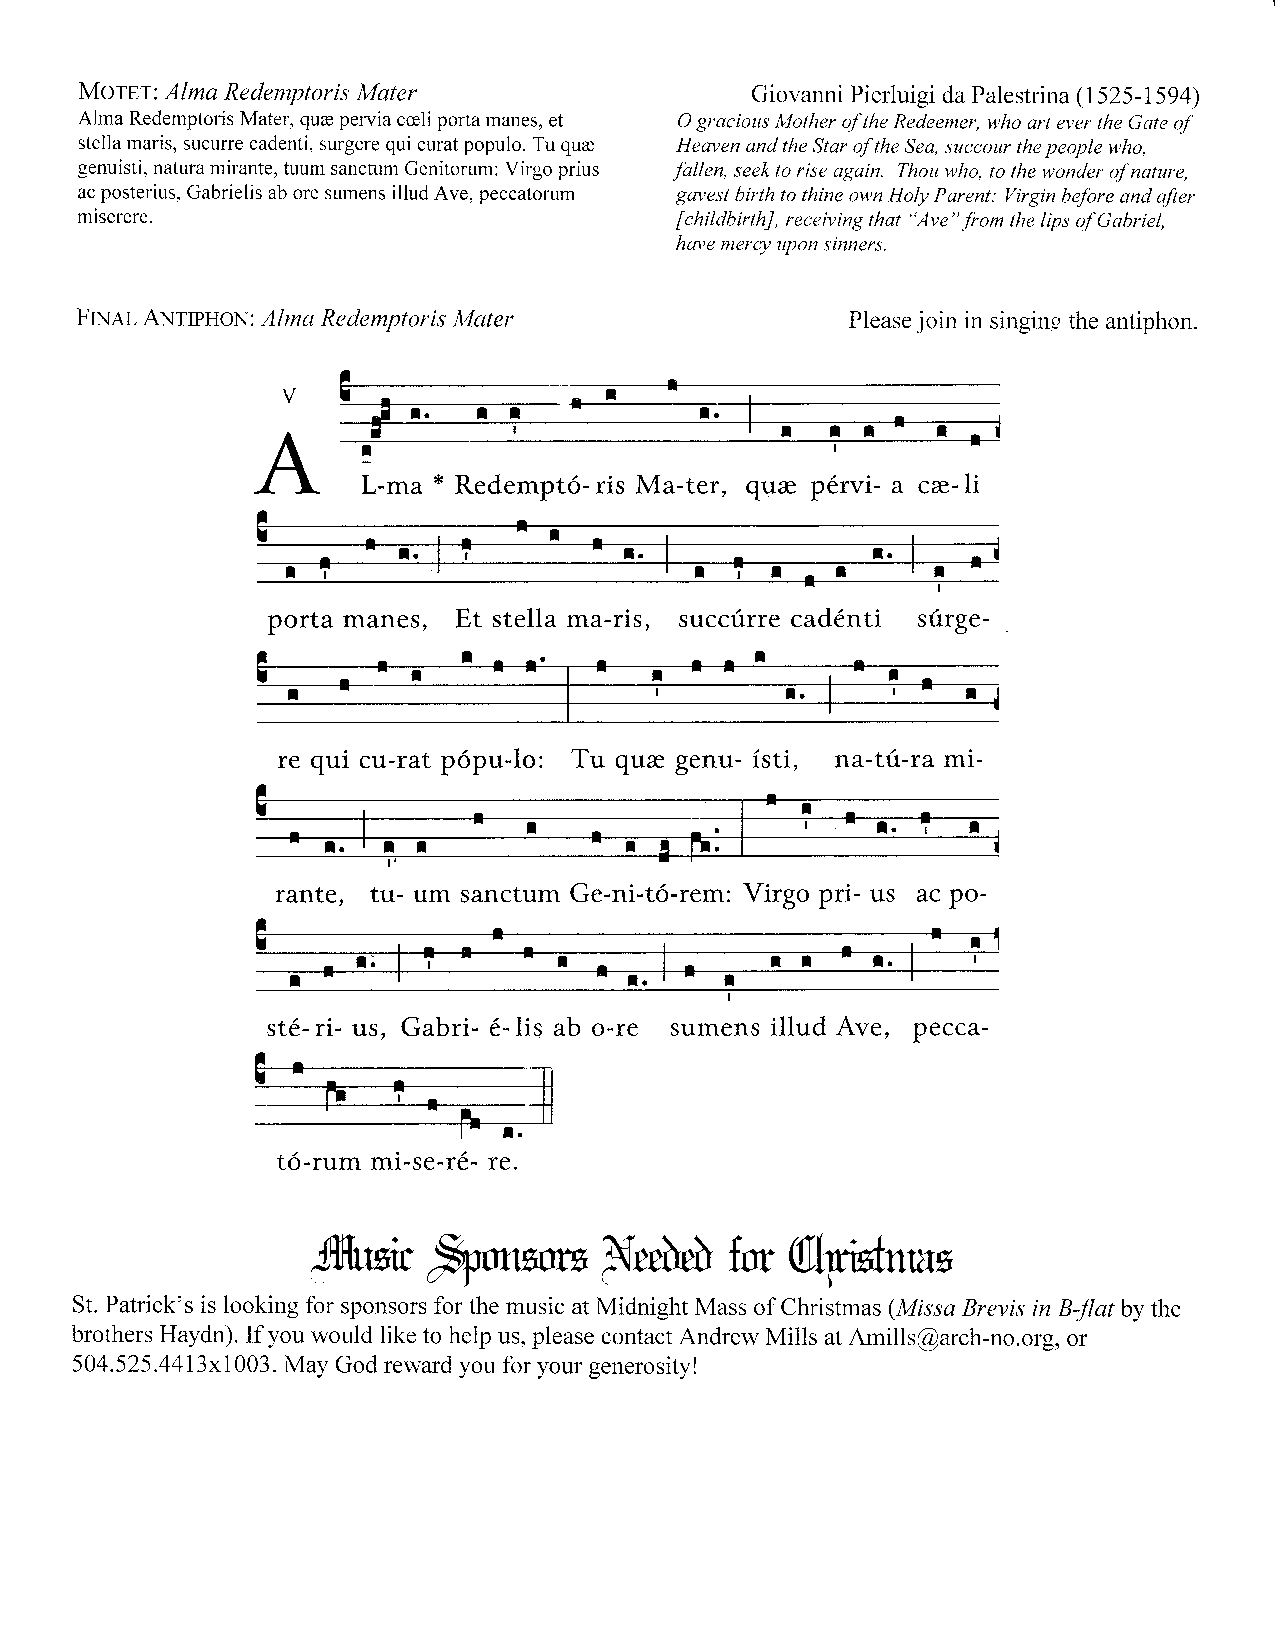
Morgr: Alma Redemptoris Mqter                Giovanni Pierluigi da Palestrina (1525-1594)
 Alma Redemptoris Mater, qure pervia cceli porta manes, et O graciotts Mother of the Redeemer, who art ever the Gate of
 stella maris, sucurre cadenti, surgere qui curat populo. Tu qure Heaven and the Stor of the Sea, sttccour the people who,
 genuisti, natura mirante, tuum sanctum Genitorum; Virgo prius fallen, seek to rise again. Thou who, to the wonder of nature,
 ac posterius, Gabrielis ab ore sumens illud Ave, peccatorum gtnest birth to thine own Holy Parent: Virgin before and after
 miserere.                               [childbirth], receiving that "Ave" from the lips of Gabriel,
 hate mercy trpon sinners.
 Fmar- ANtpttoN: Alma Redemptoris Mater             Please join in singing the antiphon.
 A
 !
 I
 L-ma * Redempt6- ris Ma-ter, qure pervi- a cr- li
 I
 porta manes, Et stella ma-ris, succfirre cad6nti s6rge-
 re qui cu-rat p6pu-1o: Tu qur genu- isti, na-tfi-ra mi-
 rante, tu- um sanctum Ge-ni-t6-rem: Virgo pri- us ac po-
 st6- ri- us, Gabri- 6- lis ab o-re ,r*Jr,, illud Ave, pecca-
 t.
 t6-rum mi-se-r6- re.
 fiuxw                      fw  $$vtnlax
 fonxvrx
 $eehetr
 St. Patrick's is looking for sponsors for the music at Midnight Mass of Christmas (Missa Brevis in B-flat by the
 brothers Haydn). If you would like to help us, please contact Andrew Mills at Amills@arch-no.org, or
 504.525.4413x1003. May God reward you for yow generosity!